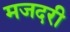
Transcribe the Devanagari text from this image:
मजदरी